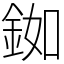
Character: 銣